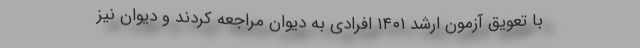
با تعویق آزمون ارشد ۱۴۰۱ افرادی به دیوان مراجعه کردند و دیوان نیز